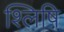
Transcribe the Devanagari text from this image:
श्लिषि